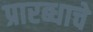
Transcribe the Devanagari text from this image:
प्रारब्धाचे